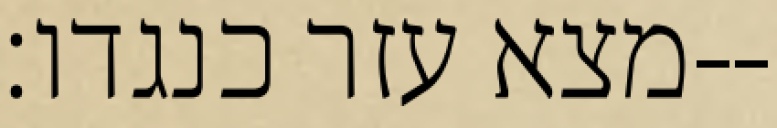
מצא עזר כנגדו׃--